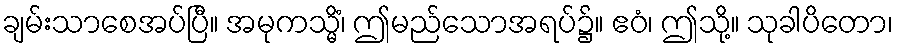
ချမ်းသာစေအပ်ပြီ။ အမုကသ္မိံ၊ ဤမည်သောအရပ်၌။ ဧဝံ၊ ဤသို့။ သုခါပိတော၊